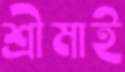
শ্রীমাই